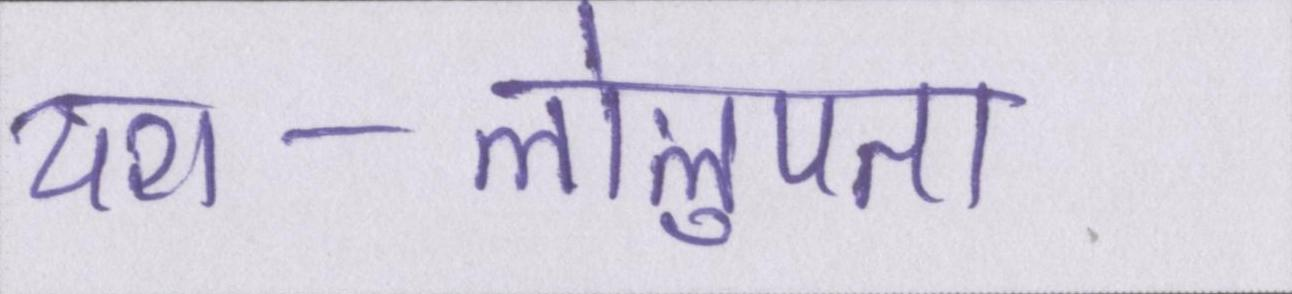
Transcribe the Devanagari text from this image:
यश-लोलुपता